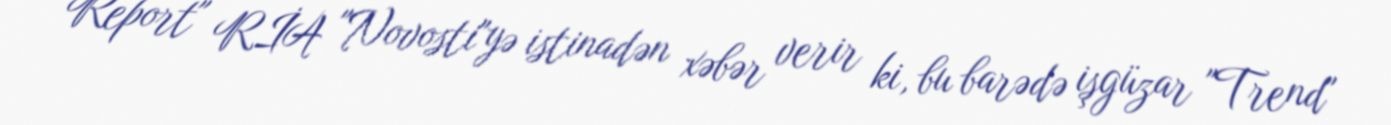
Report" RİA "Novosti"yə istinadən xəbər verir ki, bu barədə işgüzar "Trend"